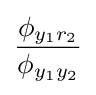
{\frac {\phi _{y_{1}r_{2}}}{\phi _{y_{1}y_{2}}}}